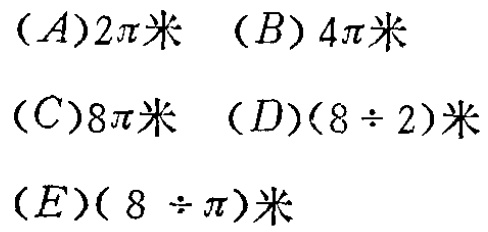
$(A)2\pi\text{米} \quad (B)4\pi\text{米} \\

(C)8\pi\text{米} \quad (D)(8\div 2)\text{米} \\

(E)(8\div \pi)\text{米}$